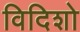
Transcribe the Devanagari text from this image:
विदिशो